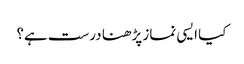
کیا ایسی نماز پڑھنا درست ہے؟